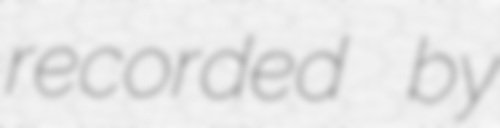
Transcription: recorded by